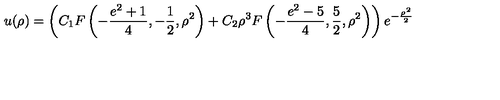
u ( \rho ) = \left( C _ { 1 } F \left( - \frac { e ^ { 2 } + 1 } { 4 } , - \frac { 1 } { 2 } , \rho ^ { 2 } \right) + C _ { 2 } \rho ^ { 3 } F \left( - \frac { e ^ { 2 } - 5 } { 4 } , \frac { 5 } { 2 } , \rho ^ { 2 } \right) \right) e ^ { - \frac { \rho ^ { 2 } } { 2 } }